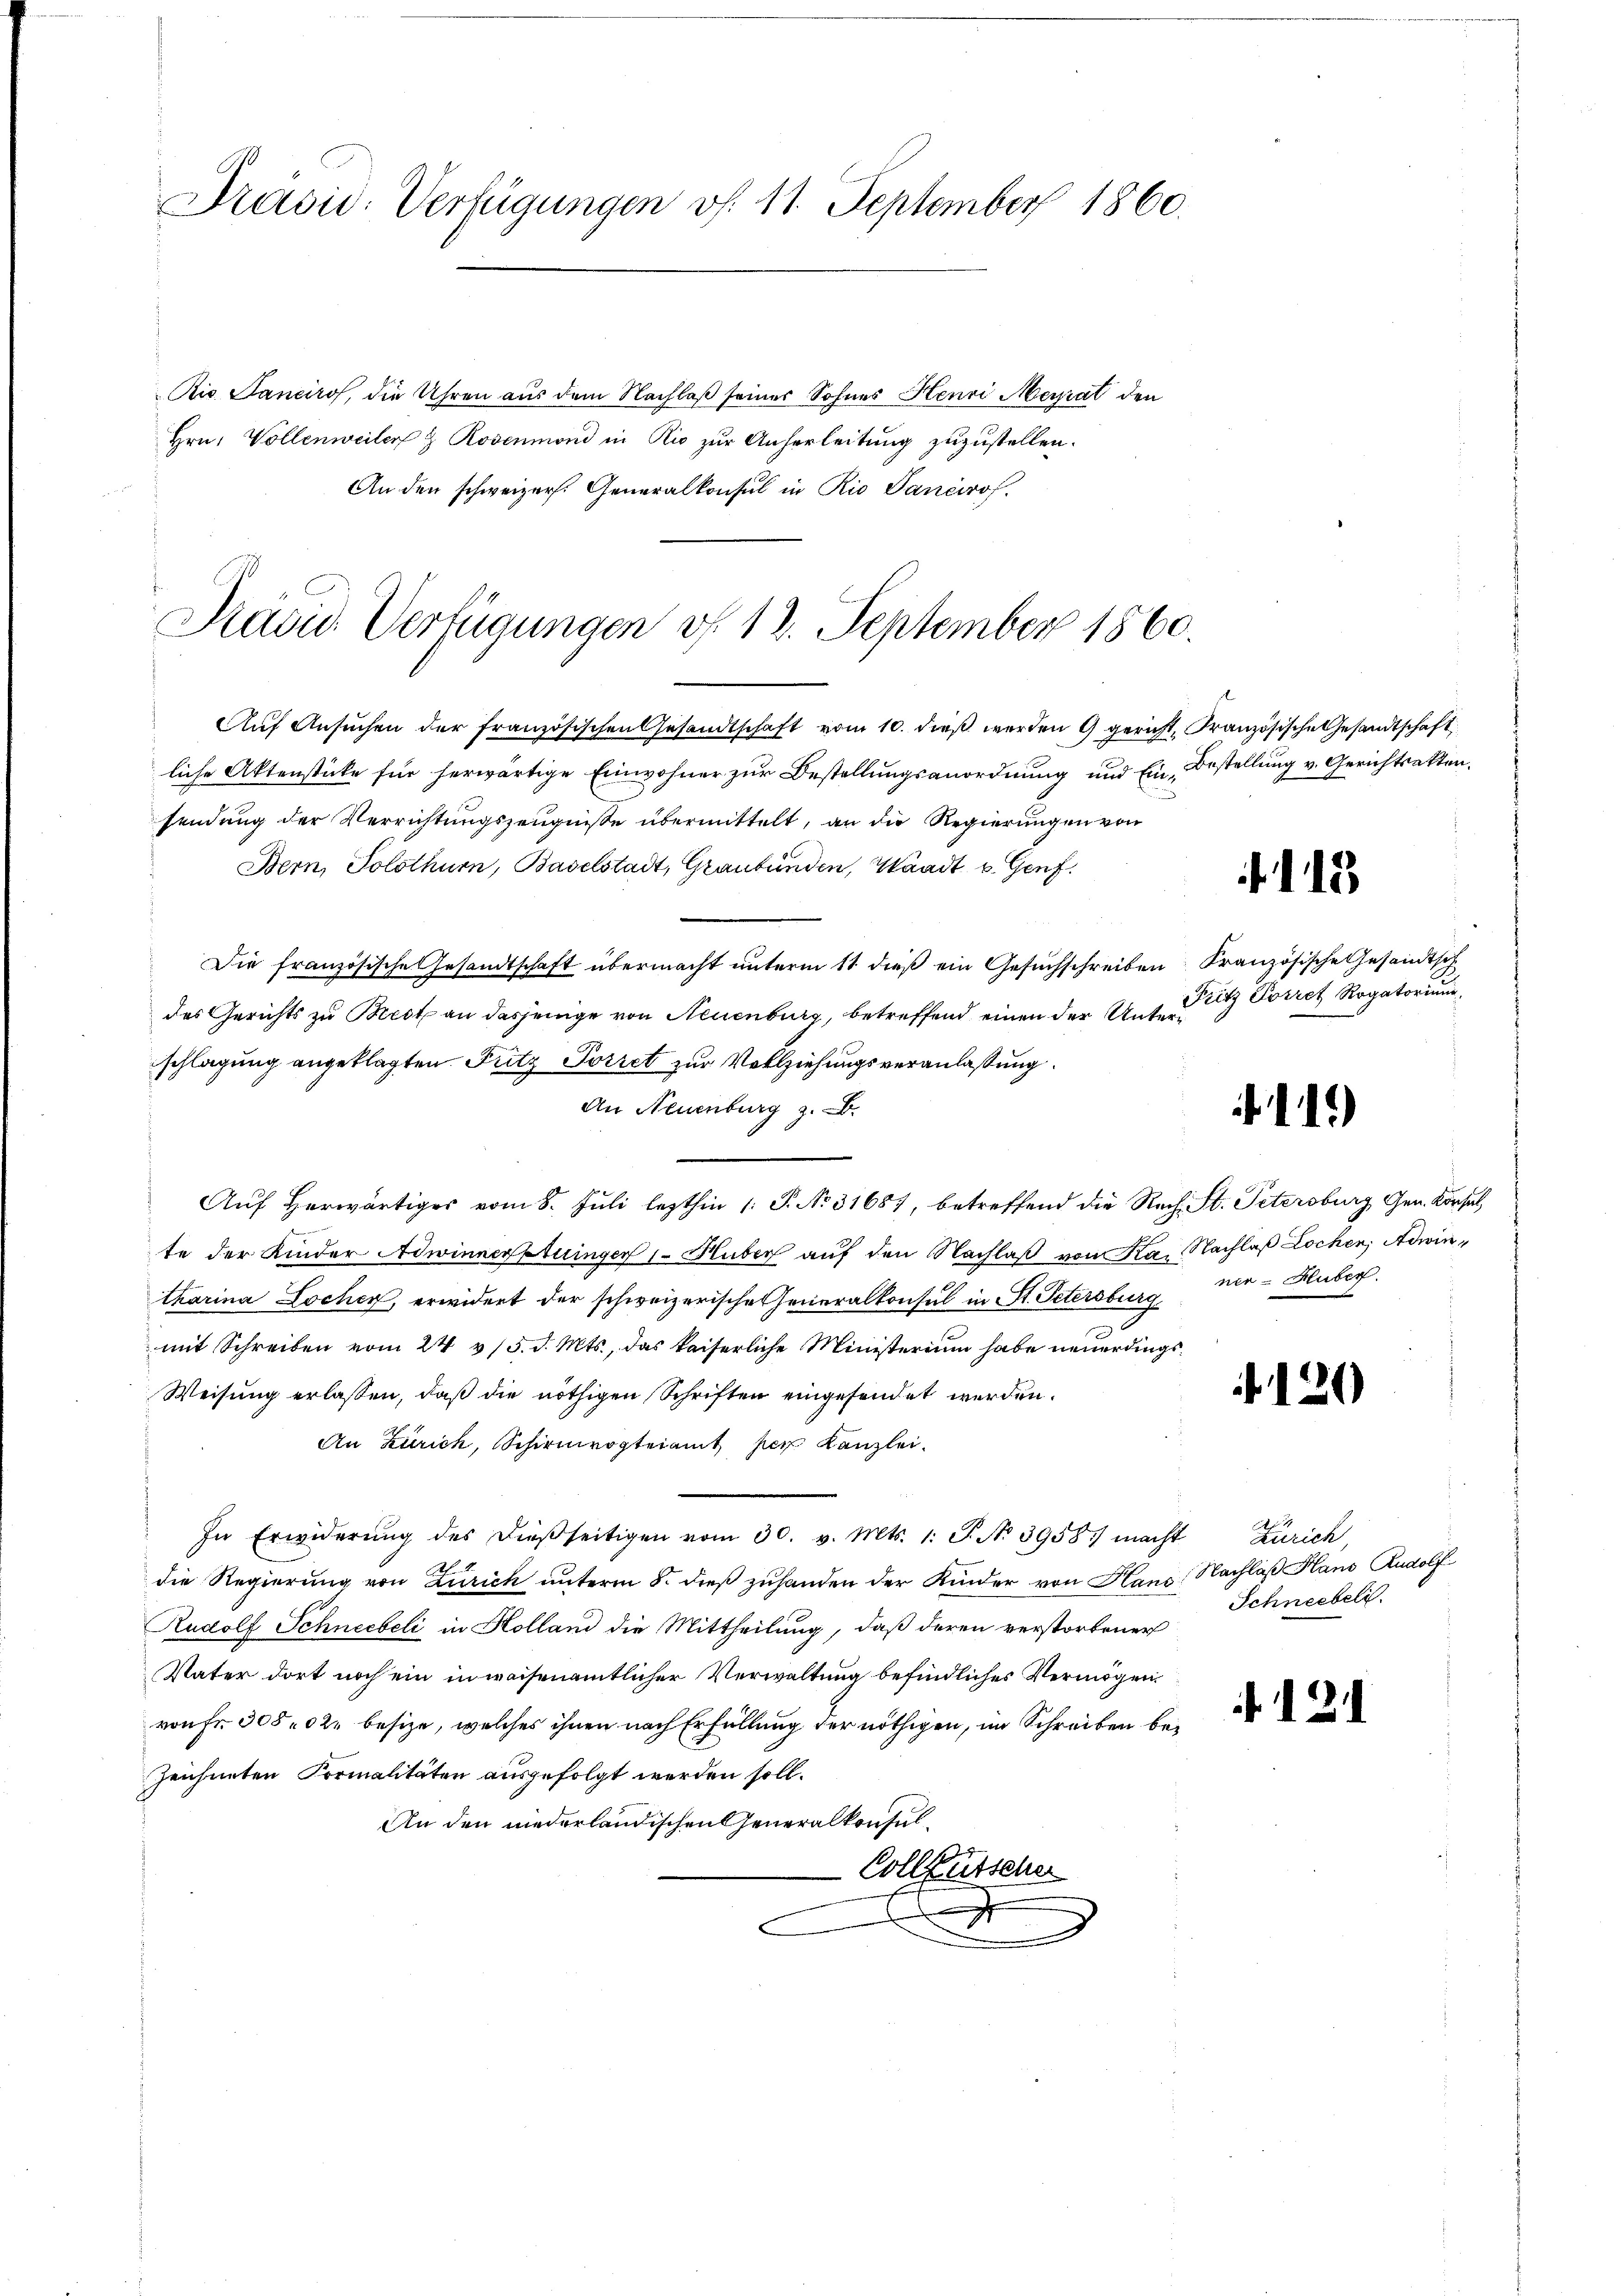
Präsid. Verfügungen v. 11. September 1860.

Rio Sanciros, die Uhren aus dem Nachlaß seiner Sohnes Henri Meyrat den
Hrn. Vollenweiler & Rosenmond in Rio zur Anherleitung zuzustellen.
An den schweizers. Generalkonsul in Rio Janeirof.

Präsid. Verfügungen v. 12. September 1860.

Aŭf Ansŭchen der französischen Gesandtschaft vom 10. dieß werden 9 gericht, Französische Gesandtschaft,
liche Aktenstücke für herwärtige Einwohner zur Bestellungsanordnung und Ein Bestellung v. Gerichtsakten.
sendung der Verrichtungszeugnisse übermittelt, an die Regierungen von
Bern, Solothurn, Baselstadt, Graubünden, Waadt v. Genf,
Die französische Gesandtschaft übermacht unterm 11 dieß ein Gesuchschreiben
des Gerichts zu Bredt an dasjenige von Neuenburg, betreffend einen der Unterschlagung angeklagten Futz Porret zur Vollziehungsveranlaßung.
An Neuenburg z. B.
Auf herwärtiges vom 8. Juli lezthin 1. P. No 31687, betreffend die Rech St. Petersburg Gen. Konsul,
te der Kinder Adwinnerstuinger 1. Huber auf den Nachlaß von Ka. Nachlaß Lochen, Adwintharina Lochen, erwidert der schweizerische Generalkonsul in St. Petersburg ner-Huber.
mit Schreiben vom 24. v/5. d. Mts., das kaiserliche Ministerium habe neŭerdings¬
Weisung erlassen, daß die nöthigen Schriften eingesendet werden.
An Zürich, Schirmvogteiamt per Kanzlei-
In Erwiderŭng des dießseitigen vom 30. v. Mts. 1. P. No 3958 macht Zürich,
die Regierung von Zürich unterm 8. dieß zuhanden der Kinder von Haus Nachlaß Hans Rudolf
Rudolf Schneebeli in Holland die Mittheilung, daß deren verstorbener
Vater dort noch ein in weisenamtlicher Verwaltung befindliches Vermögen
von Fr. 305 02 besize, welches ihnen nach Erfüllung der nöthigen, im Schreiben bezeichneten Formalitäten ausgefolgt werden soll.
An den niederländischen Generalkonsul¬
Collfüsscher
x

12

Französische Gesandtsch
Fritz Porret Rogatorium

1.)

.21)

Schneebeli

12